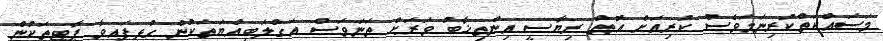
މަސައްކަތްކުރިނަމަވެސް ކުރިއަށް އޮތް ރިޔާސީ އިންތިޚާބު ވަރަށް ތަނަވަސް އަގްލަބިއްޔަތަކުން ގުޅިފައިވާ ޕާޓީތަކުން